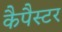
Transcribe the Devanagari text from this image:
कैपैस्टर